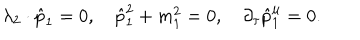
LaTeX: \lambda _ { 2 } \cdot \hat { p } _ { 1 } = 0 , \quad \hat { p } _ { 1 } ^ { 2 } + m _ { 1 } ^ { 2 } = 0 , \quad \partial _ { \tau } \hat { p } _ { 1 } ^ { \mu } = 0 .